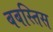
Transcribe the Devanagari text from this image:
बबस्तिस